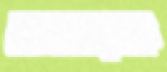
অসহায়কে